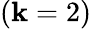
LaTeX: (\mathbf{k}=2)